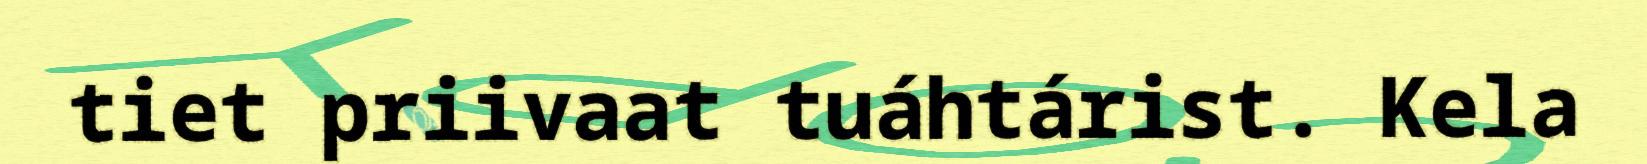
tiet priivaat tuáhtárist. Kela